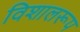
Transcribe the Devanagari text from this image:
विशालरूप